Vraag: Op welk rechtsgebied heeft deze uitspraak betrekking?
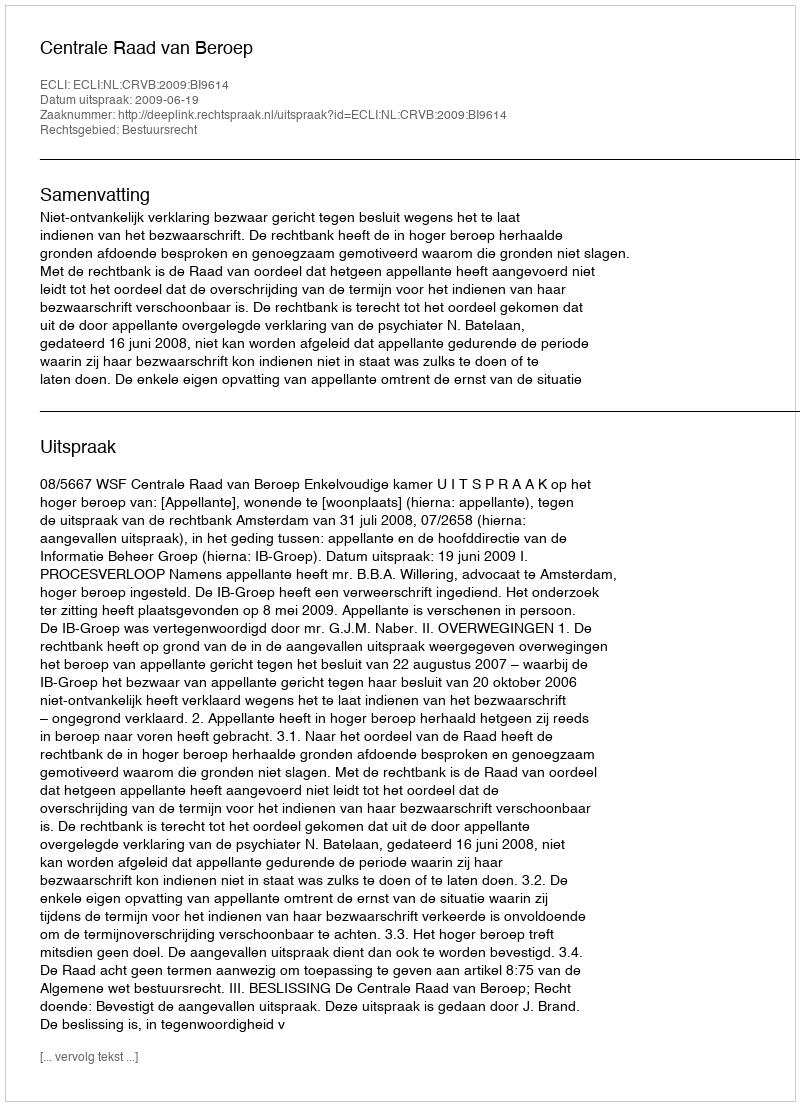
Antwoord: Bestuursrecht